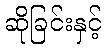
ဆိုခြင်းနှင့်